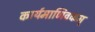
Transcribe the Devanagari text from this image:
कार्यमाणिवकम्